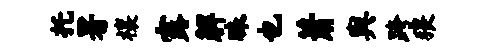
托署禳露解昧也萧舆跨猥